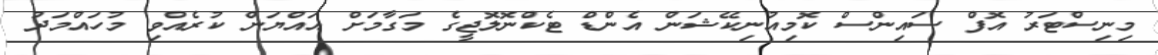
މިނިސްޓަރު އޮފް ސައިންސް ކޮމިއުނިކޭޝަން އެންޑް ޓެކްނޮލޮޖީގެ މަގާމަށް އައްޔަން ކުރެއްވި މުހައްމަދު